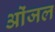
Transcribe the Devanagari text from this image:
ओंजल